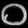
Digit: ၀